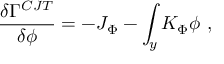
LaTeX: { \frac { \delta \Gamma ^ { C J T } } { \delta \phi } } = - J _ { \Phi } - \int _ { y } K _ { \Phi } \phi ~ ,